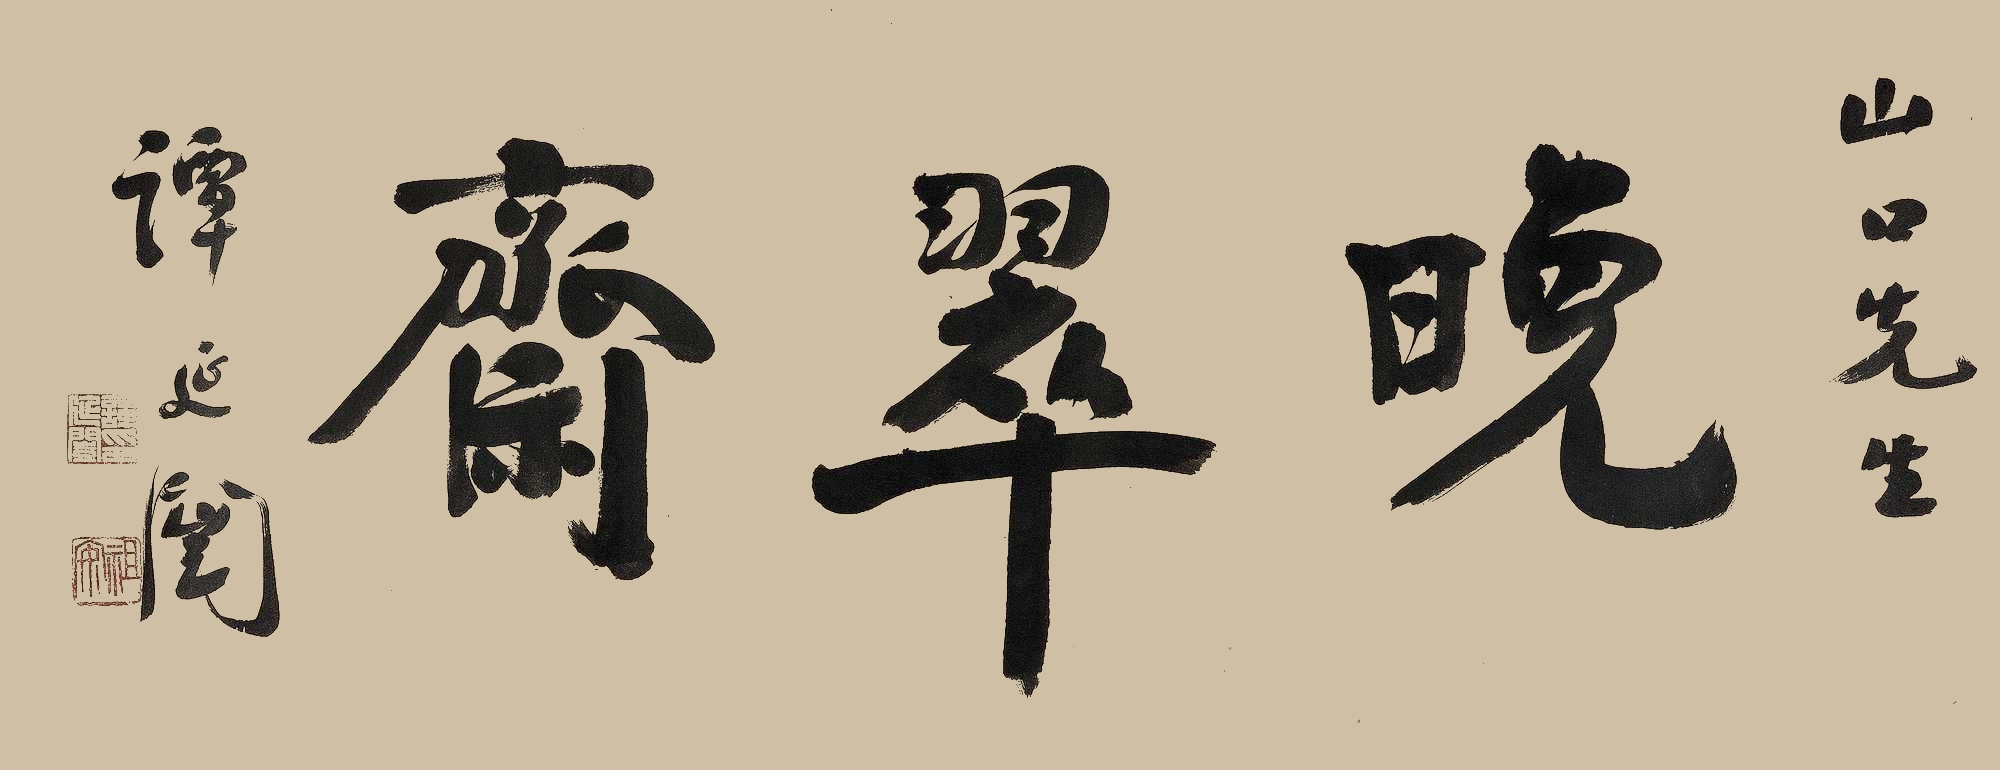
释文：晚翠斋山口先生，谭延闿。